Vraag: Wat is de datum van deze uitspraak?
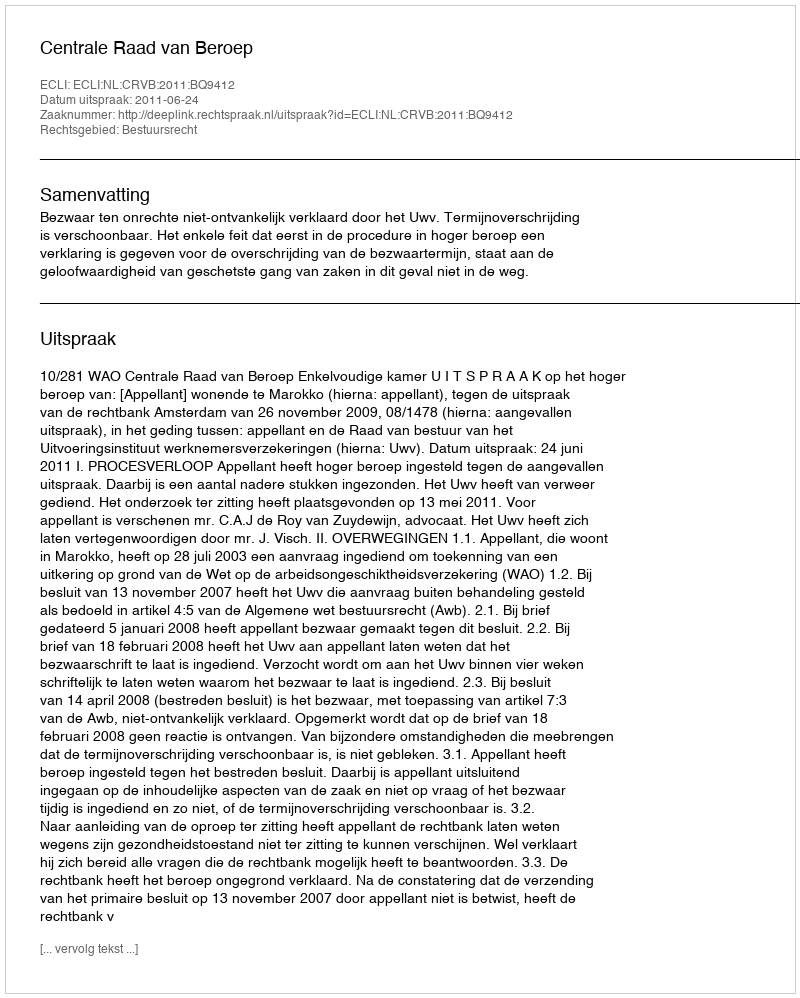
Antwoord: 2011-06-24